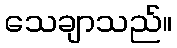
သေချာသည်။